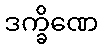
ဒက္ခိဏေ